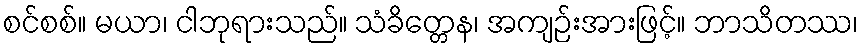
စင်စစ်။ မယာ၊ ငါဘုရားသည်။ သံခိတ္တေန၊ အကျဉ်းအားဖြင့်။ ဘာသိတဿ၊